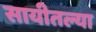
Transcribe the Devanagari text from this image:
सायीतल्या